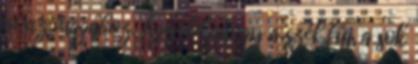
vonz magához. Figyeld ahogy a szél fúj, a sok